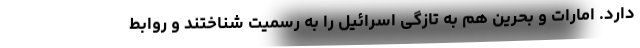
دارد. امارات و بحرین هم به تازگی اسرائیل را به رسمیت شناختند و روابط